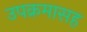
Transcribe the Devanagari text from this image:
उपक्रमासह